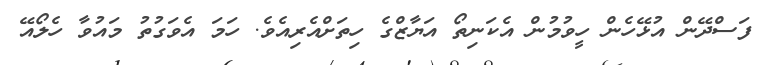
ފަސްދޭން އުޅޭހެން ހީވުމުން އެކަނިތޯ އަޔާޒްގެ ހިތަށްއެރިއެވެ. ހަމަ އެވަގުތު މައުވާ ހެލޯއޭ